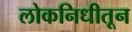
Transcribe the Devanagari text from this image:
लोकनिधीतून